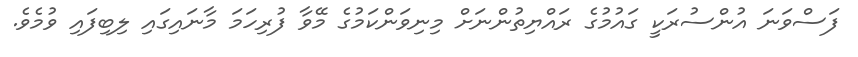
ފަސްވަނަ އުންސުރަކީ ގައުމުގެ ރައްޔިތުންނަށް މިނިވަންކަމުގެ މޭވާ ފުރިހަމަ މާނައިގައި ލިބިފައި ވުމެވެ.